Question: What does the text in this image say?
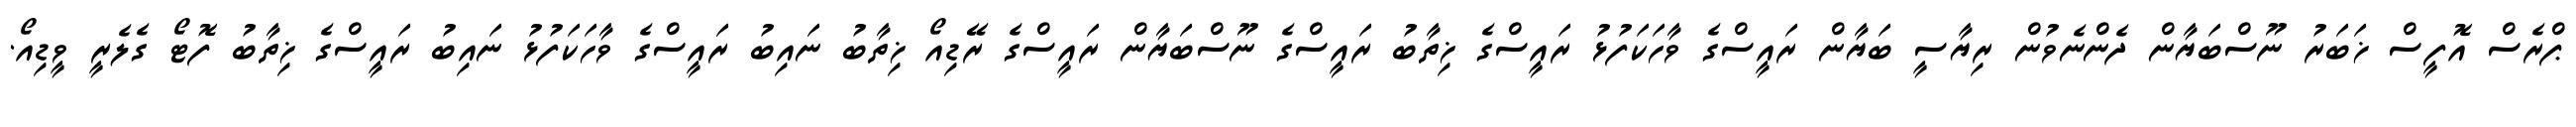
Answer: ޕްރެސް އޮފީސް ޚަބަރު ނޫސްބަޔާން ދެންނެވުން ރިޔާސީ ބަޔާން ރައީސްގެ ވާހަކަފުޅު ރައީސްގެ ޚިތާބު ރައީސްގެ ނޫސްބަޔާން ރައީސްގެ ރޭޑިއޯ ޚިތާބު ނައިބު ރައީސްގެ ވާހަކަފުޅު ނައިބު ރައީސްގެ ޚިތާބު ފޮޓޯ ގެލެރީ ވީޑިއޯ.